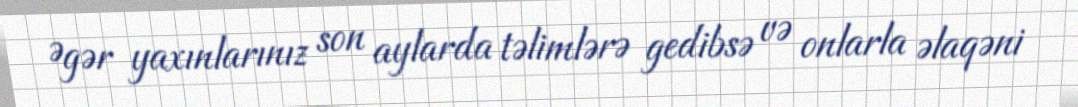
Əgər yaxınlarınız son aylarda təlimlərə gedibsə və onlarla əlaqəni